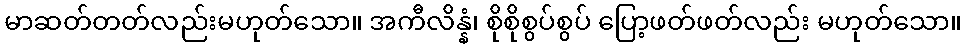
မာဆတ်တတ်လည်းမဟုတ်သော။ အကီလိန္နံ၊ စိုစိုစွပ်စွပ် ပြော့ဖတ်ဖတ်လည်း မဟုတ်သော။